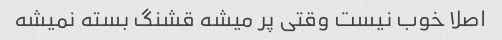
اصلا خوب نیست وقتی پر میشه قشنگ بسته نمیشه